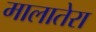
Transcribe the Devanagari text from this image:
मालातेरा